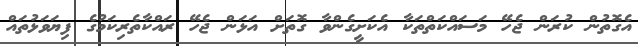
އެގޮތުން ކުރަން ޖެހޭ މަސައްކަތްތަކާ އެކަށީގެންވާ ގޮތަށް އަޅަން ޖެހޭ ރައްކާތެރިކަމުގެ ފިޔަވަޅުތައް